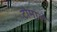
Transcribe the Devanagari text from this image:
टोमाले